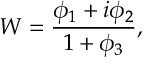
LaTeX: W = \frac { \phi _ { 1 } + i \phi _ { 2 } } { 1 + \phi _ { 3 } } ,